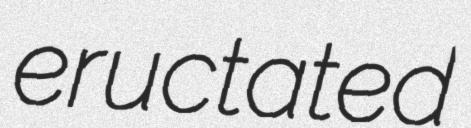
eructated